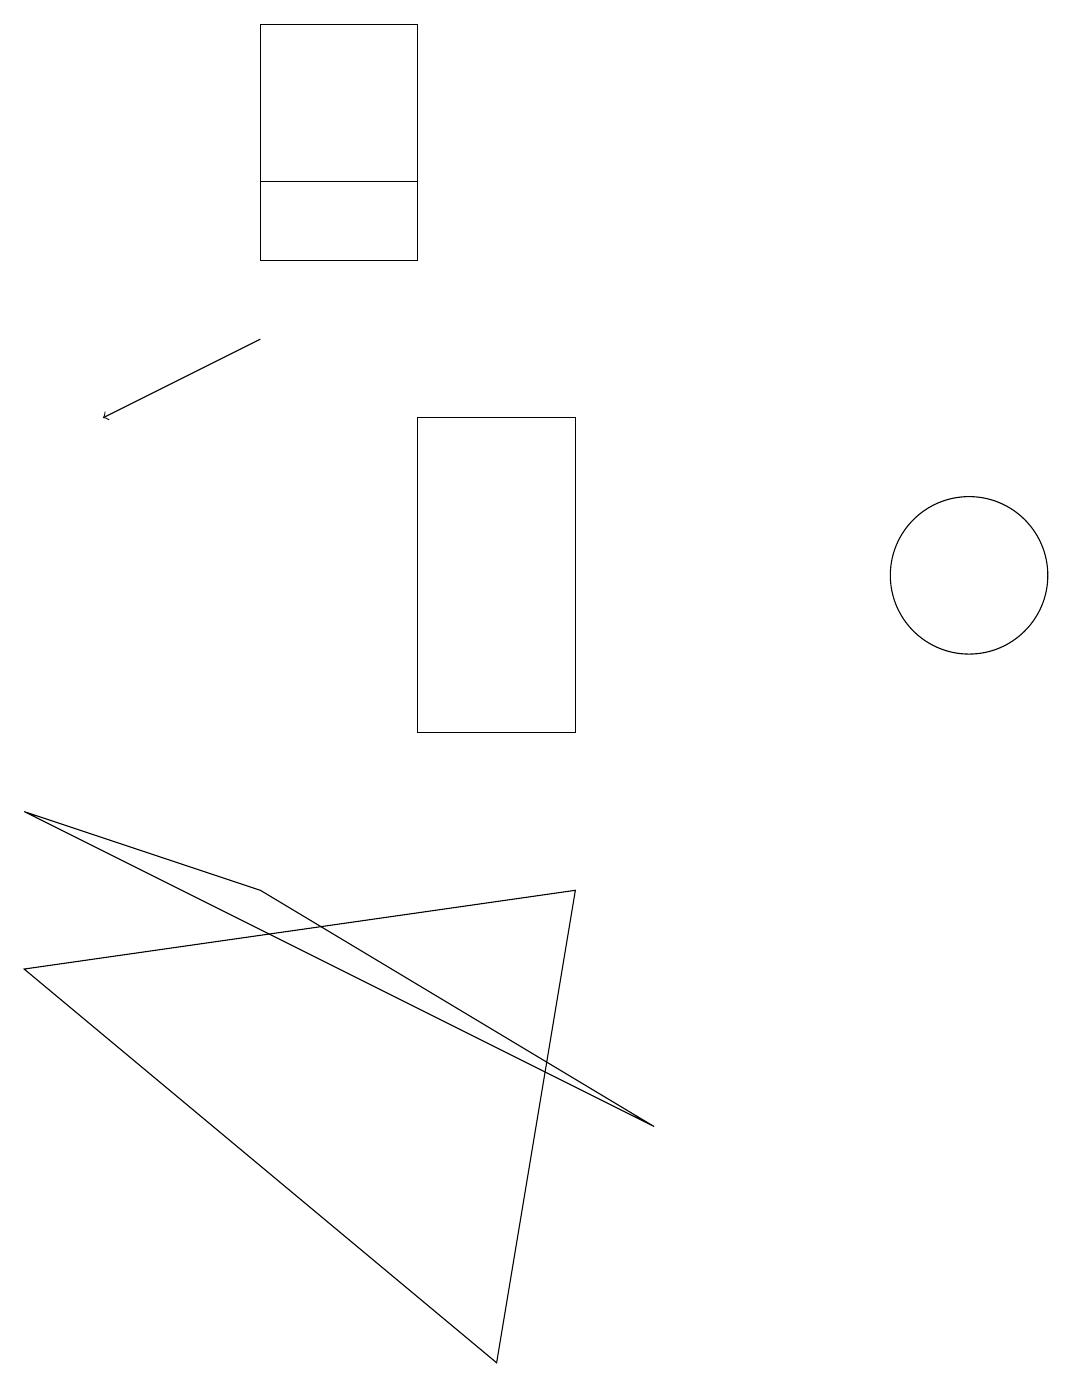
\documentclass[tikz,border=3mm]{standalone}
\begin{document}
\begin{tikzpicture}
\draw (8,5) -- (0,9) -- (3,8) -- cycle;
\draw (7,10) rectangle (5,14);
\draw[->] (3,15) -- (1,14);
\draw (12,12) circle (1);
\draw (3,17) rectangle (5,16);
\draw (5,19) rectangle (3,17);
\draw (7,8) -- (6,2) -- (0,7) -- cycle;
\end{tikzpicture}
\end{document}